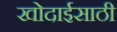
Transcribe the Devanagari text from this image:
खोदाईसाठी